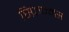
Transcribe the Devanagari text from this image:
स्फ़िन्क्स